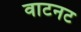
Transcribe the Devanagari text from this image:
वाटनट